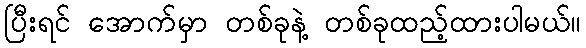
ပြီးရင် အောက်မှာ တစ်ခုနဲ့ တစ်ခုထည့်ထားပါမယ်။